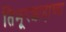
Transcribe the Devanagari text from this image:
तिमूरशाहाच्या